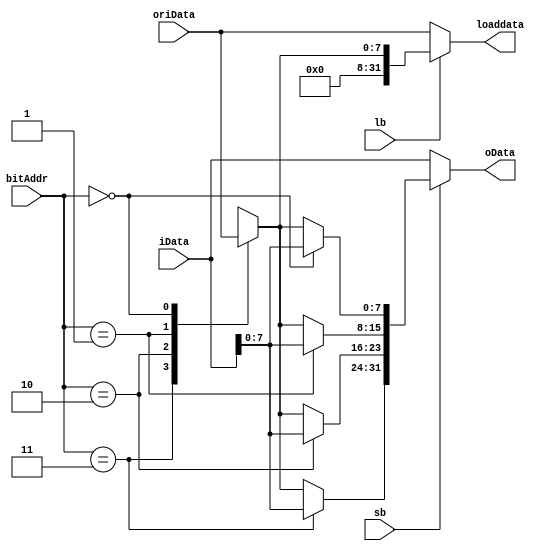
module bitsaver(iData, oData, bitAddr, oriData, loaddata, sb, lb);
input sb, lb;
input [1:0] bitAddr;
input [31:0] oriData, iData;
output [31:0] oData, loaddata;
reg [7:0] targetbit;

always@(bitAddr)
begin
	case(bitAddr)
	3: targetbit = oriData[31:24];
	2: targetbit = oriData[23:16];
	1: targetbit = oriData[15:8];
	0: targetbit = oriData[7:0];
	endcase
end

assign oData = (sb)?
	{
		((bitAddr == 3)? iData[7:0] : targetbit),
		((bitAddr == 2)? iData[7:0] : targetbit),
		((bitAddr == 1)? iData[7:0] : targetbit),
		((bitAddr == 0)? iData[7:0] : targetbit)
	}
	:iData;

assign loaddata = (lb)?
	{24'b0, targetbit}:
	oriData;
	
endmodule